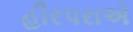
હીરપરાએ